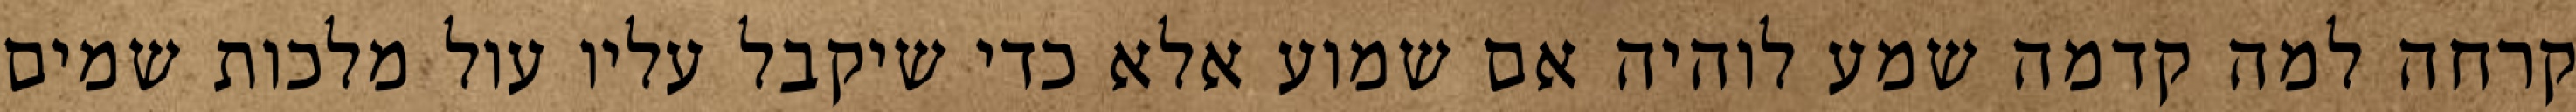
קרחה למה קדמה שמע לוהיה אם שמוע אלא כדי שיקבל עליו עול מלכות שמים